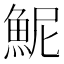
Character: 𫙖